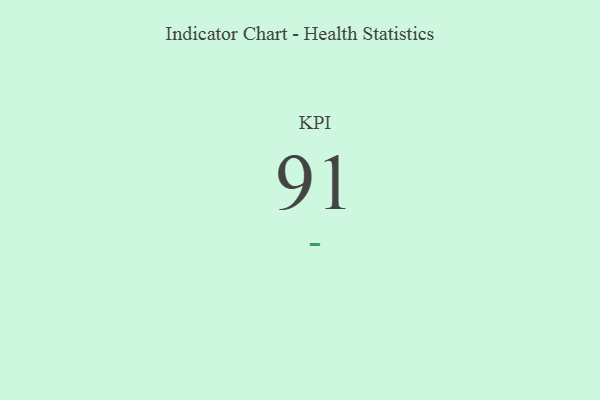
{"axis": {"x": "KPI", "y": "Value"}, "legend": [""], "data": [{"x": "KPI", "y": 91, "type": ""}]}